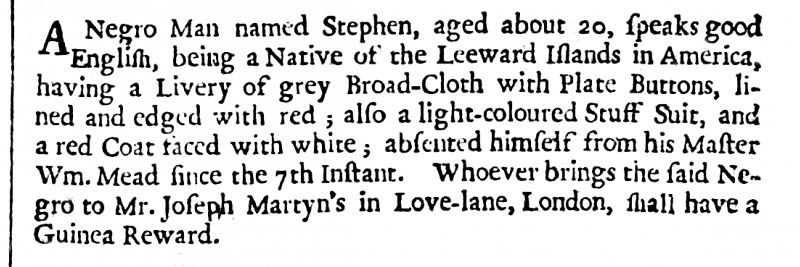
London Gazette, 20 October 1701 (England)
A Negro Man named Stephen, aged about 20, speaks good English, being a Native of the Leeward Islands in America, having a Livery of grey Broad-Cloth with Plate Buttons, lined and edged with red; also a light-coloured Stuff Suit, and a red Coat faced with white; absented himself from his Master Wm. Mead since the 7th Instant. Whoever brings the said Negro to Mr. Joseph Martyn’s in Love-lane, London, shall have a Guinea Reward.